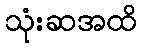
သုံးဆအထိ